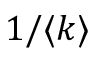
1 / \langle k \rangle